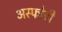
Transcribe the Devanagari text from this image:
अस्फोटी